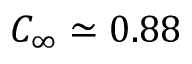
C _ { \infty } \simeq 0 . 8 8